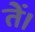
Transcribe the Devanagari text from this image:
तें।